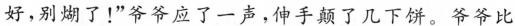
好、别煳了!"爷爷应了一声，伸手颠了几下饼。爷爷比